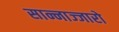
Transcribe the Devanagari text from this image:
सान्नाज्जारो